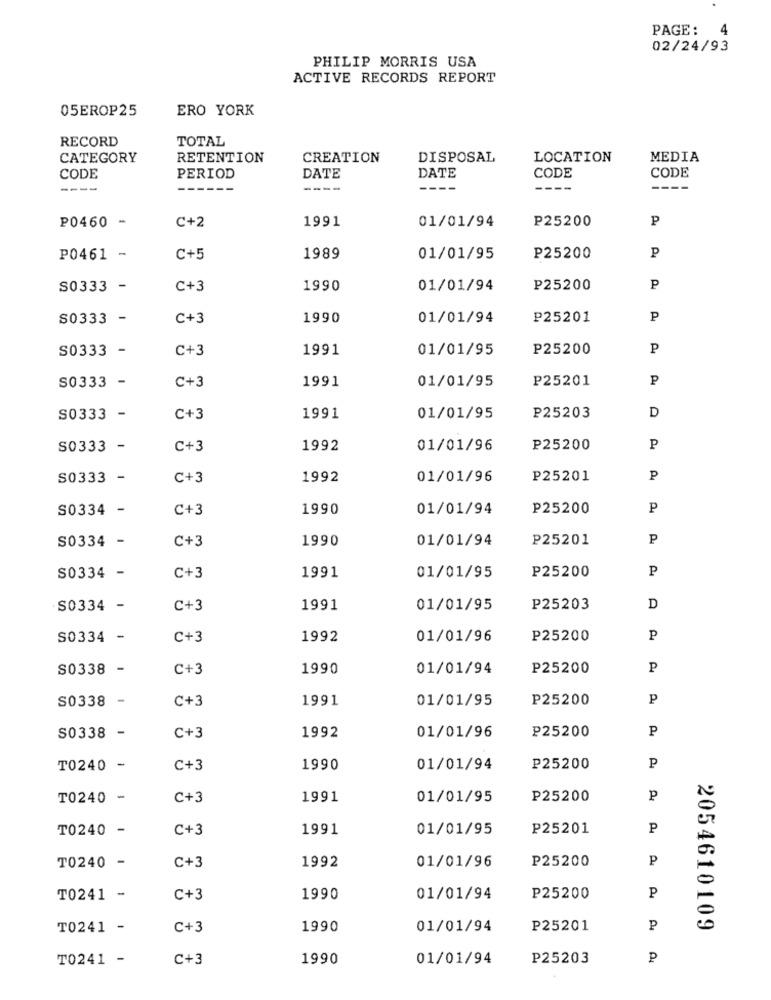
PAGE:
02/24/93
PHILIP MORRIS USA
ACTIVE RECORDS REPORT
05EROP25
ERO YORK
RECORD
TOTAL
CATEGORY
RETENTION
CREATION
DISPOSAL
LOCATION
MEDIA
DATE
DATE
CODE
CODE
CODE
PERIOD
----
------
---
P0460 -
C+2
1991
01/01/94
P25200
P
P
P0461 -
C+5
1989
01/01/95
P25200
S0333 -
C+3
1990
01/01/94
P25200
P
S0333 -
C+3
1990
01/01/94
₽25201
P
S0333 -
C+3
1991
01/01/95
P25200
P
1991
01/01/95
P25201
P
S0333 -
C+3
D
S0333 -
C+3
1991
01/01/95
P25203
S0333 -
C+3
1992
01/01/96
₽25200
P
S0333 -
C+3
1992
01/01/96
P25201
P
S0334 -
C+3
1990
01/01/94
P25200
P
S0334 -
C+3
1990
01/01/94
P25201
P
P
S0334 -
C+3
1991
01/01/95
P25200
S0334 -
C+3
1991
01/01/95
P25203
D
S0334 -
C+3
1992
01/01/96
P25200
P
S0338 -
C+3
1990
01/01/94
P25200
P
S0338 -
C+3
1991
01/01/95
P25200
P
P25200
P
S0338 -
C+3
1992
01/01/96
T0240 -
C+3
1990
01/01/94
P25200
P
T0240 -
C+3
1991
01/01/95
P25200
P
T0240 -
C+3
1991
01/01/95
P25201
P
01/01/96
P25200
P
T0240 -
C+3
1992
T0241 -
C+3
1990
01/01/94
P25200
P
T0241 -
C+3
1990
01/01/94
P25201
P
2054610109
TO241 -
C+3
1990
01/01/94
P25203
P